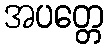
အပတ္တေ